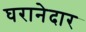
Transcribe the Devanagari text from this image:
घरानेदार